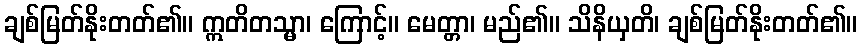
ချစ်မြတ်နိုးတတ်၏။ ဣတိတသ္မာ၊ ကြောင့်။ မေတ္တာ၊ မည်၏။ သိနိယှတိ၊ ချစ်မြတ်နိုးတတ်၏။